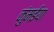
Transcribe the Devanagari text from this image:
कुंमईया